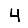
Digit: 4